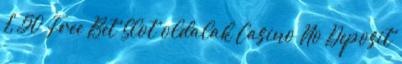
£ 50 Free Bet Slot oldalak Casino No Deposit